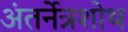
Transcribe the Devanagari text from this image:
अंतर्नेत्रशोथ